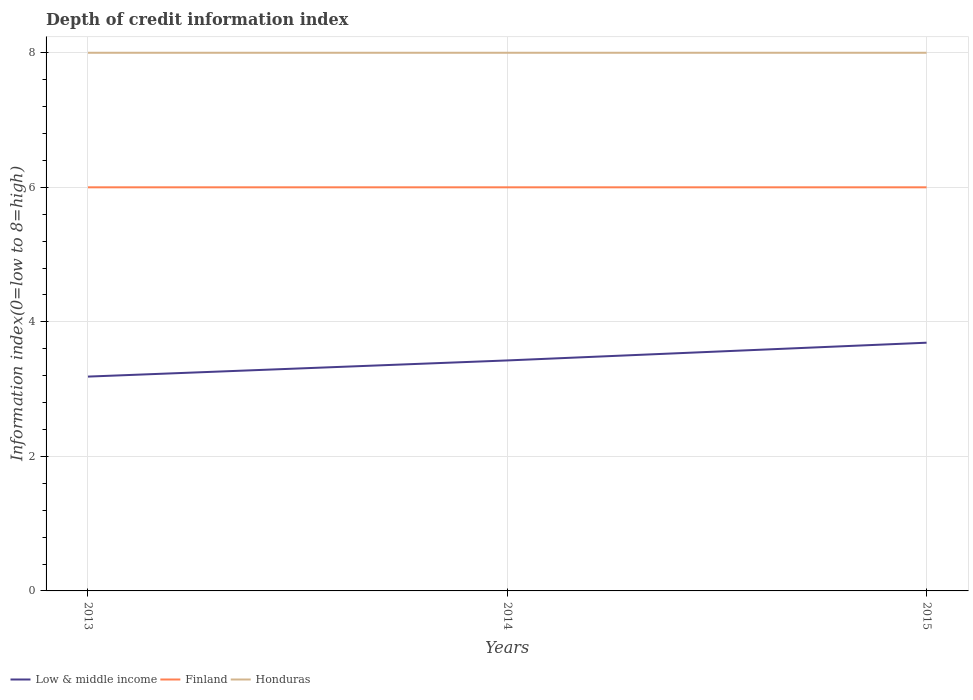
| Years | Low & middle income | Finland | Honduras |
 | --- | --- | --- | --- |
 | 2013 | 3.19 | 6 | 8 |
 | 2014 | 3.43 | 6 | 8 |
 | 2015 | 3.69 | 6 | 8 |